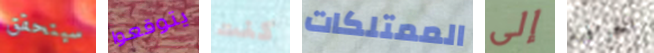
سيتحقق يتوقعوا كنت الممتلكات إلى الخرافية